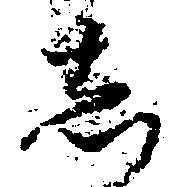
し